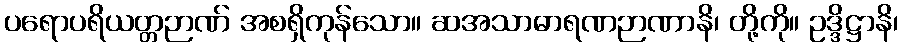
ပရောပရိယတ္တဉာဏ် အစရှိကုန်သော။ ဆအသာဓာရဏဉာဏာနိ၊ တို့ကို။ ဥဒ္ဒိဋ္ဌာနိ၊